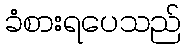
ခံစားရပေသည်